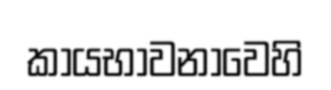
කායභාවනාවෙහි